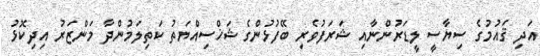
އަދި ޤައުމުގެ ސިޔާސީ ލީޑަރުންނާއި ޝަރަފުވެރި ބޭފުޅުންގެ ޝަޚްސިއްޔަތު ކަތިލަމުންދާ މަންޒަރު އިދިކޮޅު